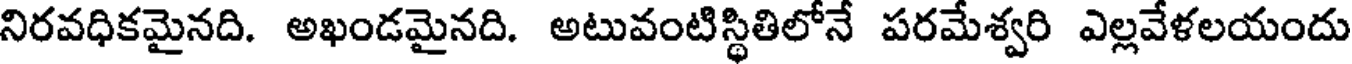
నిరవధికమైనది. అఖండమైనది. అటువంటిస్థితిలోనే పరమేశ్వరి ఎల్లవేళలయందు